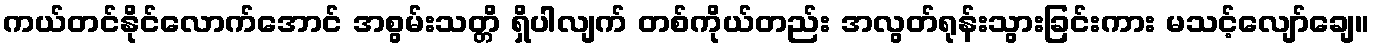
ကယ်တင်နိုင်လောက်အောင် အစွမ်းသတ္တိ ရှိပါလျက် တစ်ကိုယ်တည်း အလွတ်ရုန်းသွားခြင်းကား မသင့်လျော်ချေ။